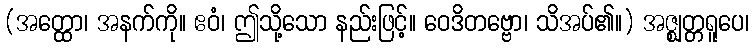
(အတ္ထော၊ အနက်ကို။ ဧဝံ၊ ဤသို့သော နည်းဖြင့်။ ဝေဒိတဗ္ဗော၊ သိအပ်၏။) အဇ္ဈတ္တရူပေ၊